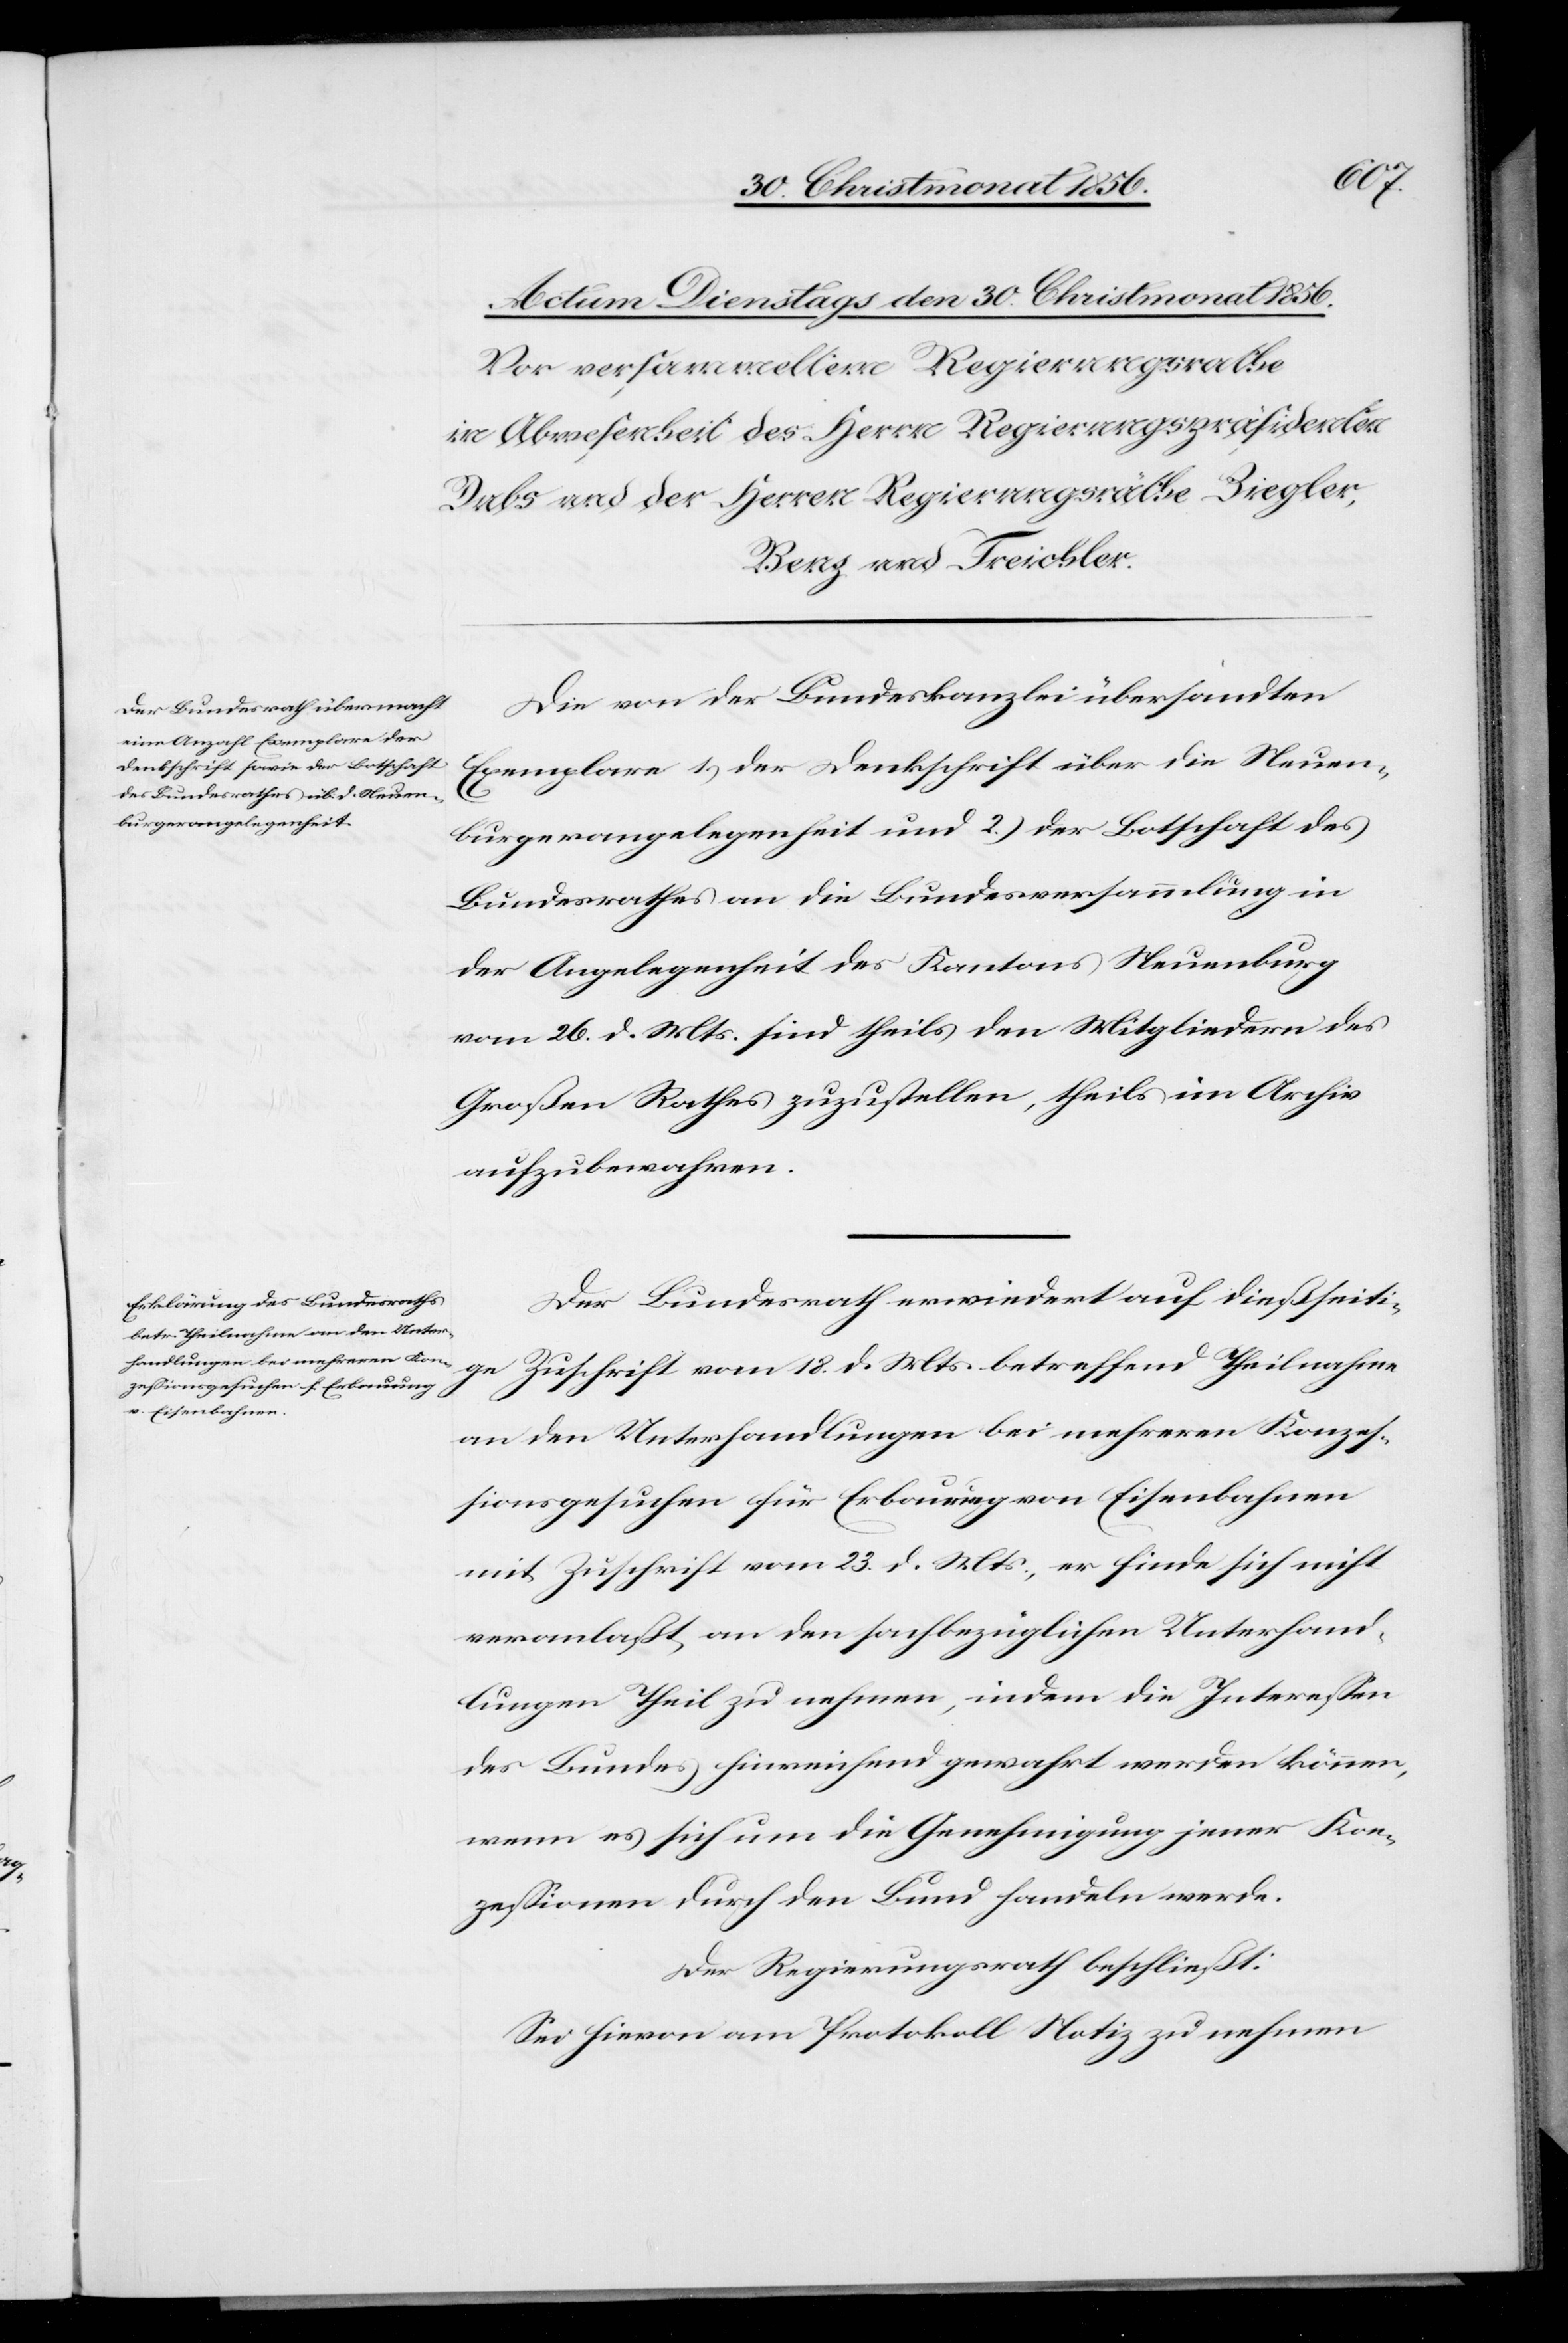
Die von der Bundeskanzlei übersandten
Exemplare 1.) der Denkschrift über die Neuen¬
burgerangelegenheit und 2.) der Botschaft des
Bundesrathes an die Bundesversammlung in
der Angelegenheit des Kantons Neuenburg
vom 26. d. Mts. sind theils den Mitgliedern des
Großen Rathes zuzustellen, theils im Archiv
aufzubewahren.
Der Bundesrath erwiedert auf dießseiti¬
ge Zuschrift vom 18. d. Mts. betreffend Theilnahme
an den Unterhandlungen bei mehreren Konzes¬
sionsgesuchen für Erbau[?un]g von Eisenbahnen
mit Zuschrift vom 23. d. Mts., er finde sich nicht
veranlaßt, an den sachbezüglichen Unterhand¬
lungen Theil zu nehmen, indem die Interessen
des Bundes hinreichend gewahrt werden können,
wenn es sich um die Genehmigung jener Kon¬
zessionen durch den Bund handeln werde.
Der Regierungsrath beschließt:
Sei hievon am Protokoll Notiz zu nehmen